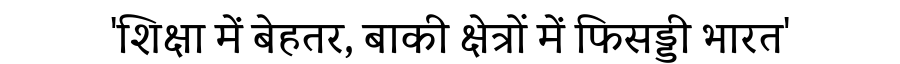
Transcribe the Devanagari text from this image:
'शिक्षा में बेहतर, बाकी क्षेत्रों में फिसड्डी भारत'